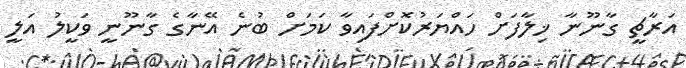
އަރާޗީ ގާނޫނާ ޚިލާފަށް ހައްޔަރުކޮށްފައިވާ ކަމަށް ބުނެ އޭނާގެ ގާނޫނީ ވަކީލު އަލީ